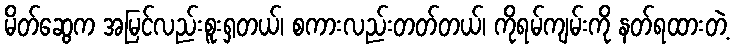
မိတ်ဆွေက အမြင်လည်းစူးရှတယ်၊ စကားလည်းတတ်တယ်၊ ကိုရမ်ကျမ်းကို နတ်ရထားတဲ့